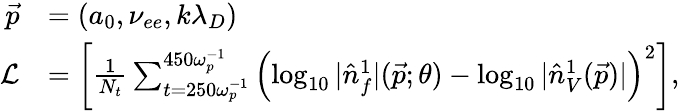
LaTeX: \begin{array}{rl}{\vec{p}}&{=(a_{0},\nu_{ee},k\lambda_{D})}\\ {\mathcal{L}}&{=\left[\frac{1}{N_{t}}\sum_{t=250\omega_{p}^{-1}}^{450\omega_{p}^{-1}}\left(\log_{10}|\hat{n}_{f}^{1}|(\vec{p};\theta)-\log_{10}|\hat{n}_{V}^{1}(\vec{p})|\right)^{2}\right],}\end{array}